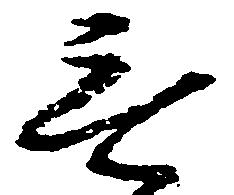
無